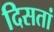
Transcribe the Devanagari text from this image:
दिसतां